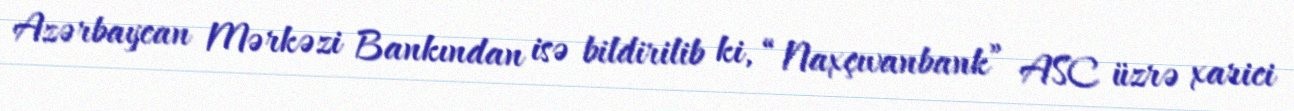
Azərbaycan Mərkəzi Bankından isə bildirilib ki, “Naxçıvanbank” ASC üzrə xarici